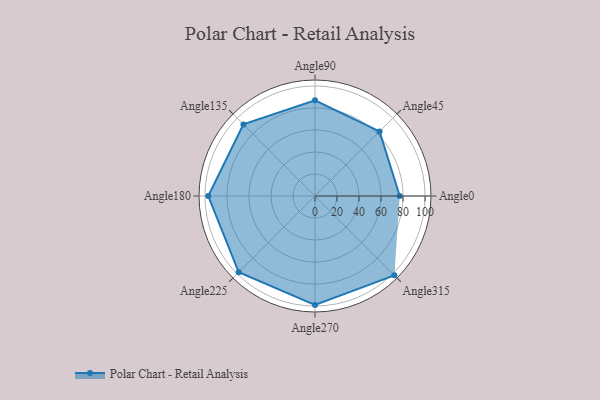
{"axis": {"x": "Angle", "y": "Radius"}, "legend": [""], "data": [{"x": "Angle0", "y": 77.0, "type": ""}, {"x": "Angle45", "y": 83.0, "type": ""}, {"x": "Angle90", "y": 87.0, "type": ""}, {"x": "Angle135", "y": 92.0, "type": ""}, {"x": "Angle180", "y": 97.0, "type": ""}, {"x": "Angle225", "y": 98.0, "type": ""}, {"x": "Angle270", "y": 99.0, "type": ""}, {"x": "Angle315", "y": 102.0, "type": ""}]}